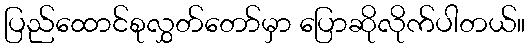
ပြည်ထောင်စုလွှတ်တော်မှာ ပြောဆိုလိုက်ပါတယ်။